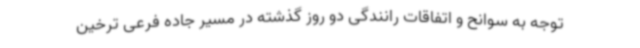
توجه به سوانح و اتفاقات رانندگی دو روز گذشته در مسیر جاده فرعی ترخین